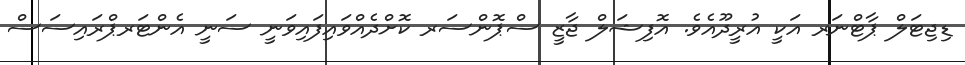
ޑިޖިޓަލް ޕާޓްނަރ އަކީ އުރީދޫއެވެ. އޮފިޝަލް ޖާޒީ ސްޕޮންސަރ ކޮށްދެއްވައިފައިވަނީ ސަނީ އެންޓަރޕްރައިސަސް